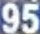
95